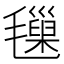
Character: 𣰩